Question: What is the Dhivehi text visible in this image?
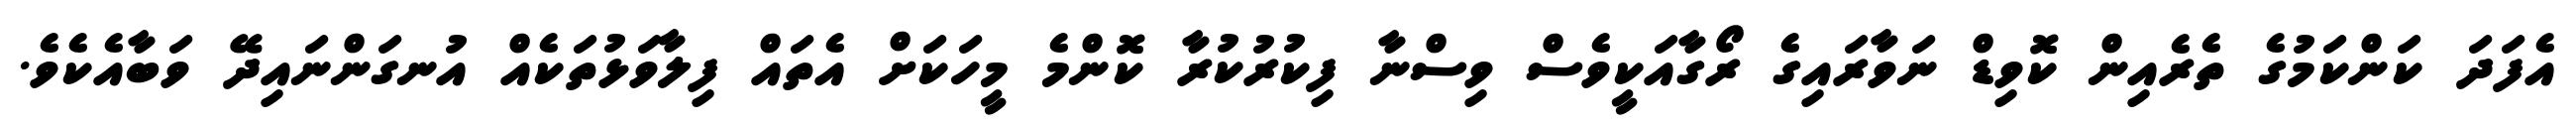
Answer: އެފަދަ ކަންކަމުގެ ތެރެއިން ކޮވިޑް ނަވާރައިގެ ރޯގާއަކީވެސް ވިސްނާ ފިކުރުކުރާ ކޮންމެ މީހަކަށް އެތައް ފިލާވަޅުތަކެއް އުނގަންނައިދޭ ވަބާއެކެވެ.